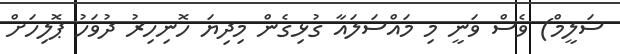
ސަލީމް) ވެސް ވަނީ މި މައްސަލައާ ގުޅިގެން މިދިޔަ ހޮނިހިރު ދުވަހު ޕޮލިހަށް